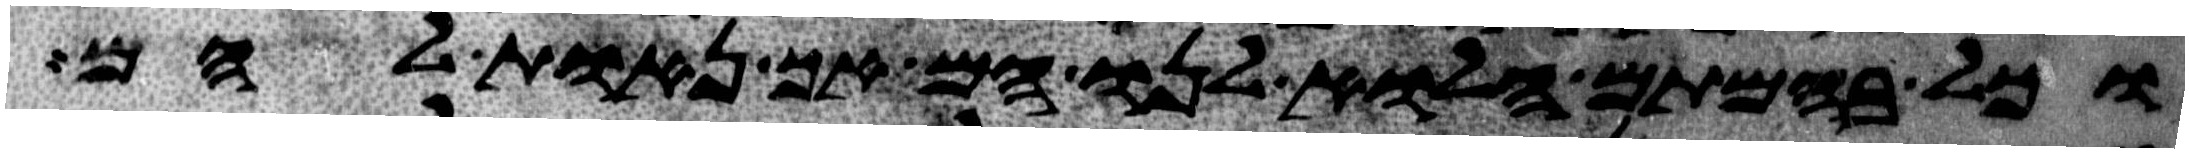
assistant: וכל בהמתם הלוא לנו הם אך נאות להם